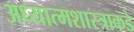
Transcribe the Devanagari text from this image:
अध्यात्मशास्त्राकडे